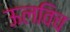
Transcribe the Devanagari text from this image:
ऊलविच